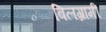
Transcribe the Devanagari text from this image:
बिलग्रामी